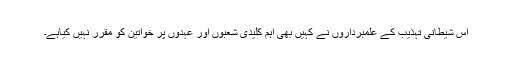
اس شیطانی تہذیب کے علمبرداروں نے کہیں بھی اہم کلیدی شعبوں اور عہدوں پر خواتین کو مقرر نہیں کیاہے۔